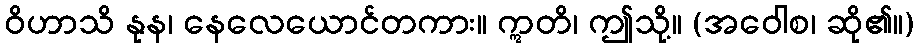
ဝိဟာသိ နုန၊ နေလေယောင်တကား။ ဣတိ၊ ဤသို့။ (အဝေါစ၊ ဆို၏။)